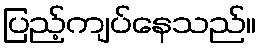
ပြည့်ကျပ်နေသည်။